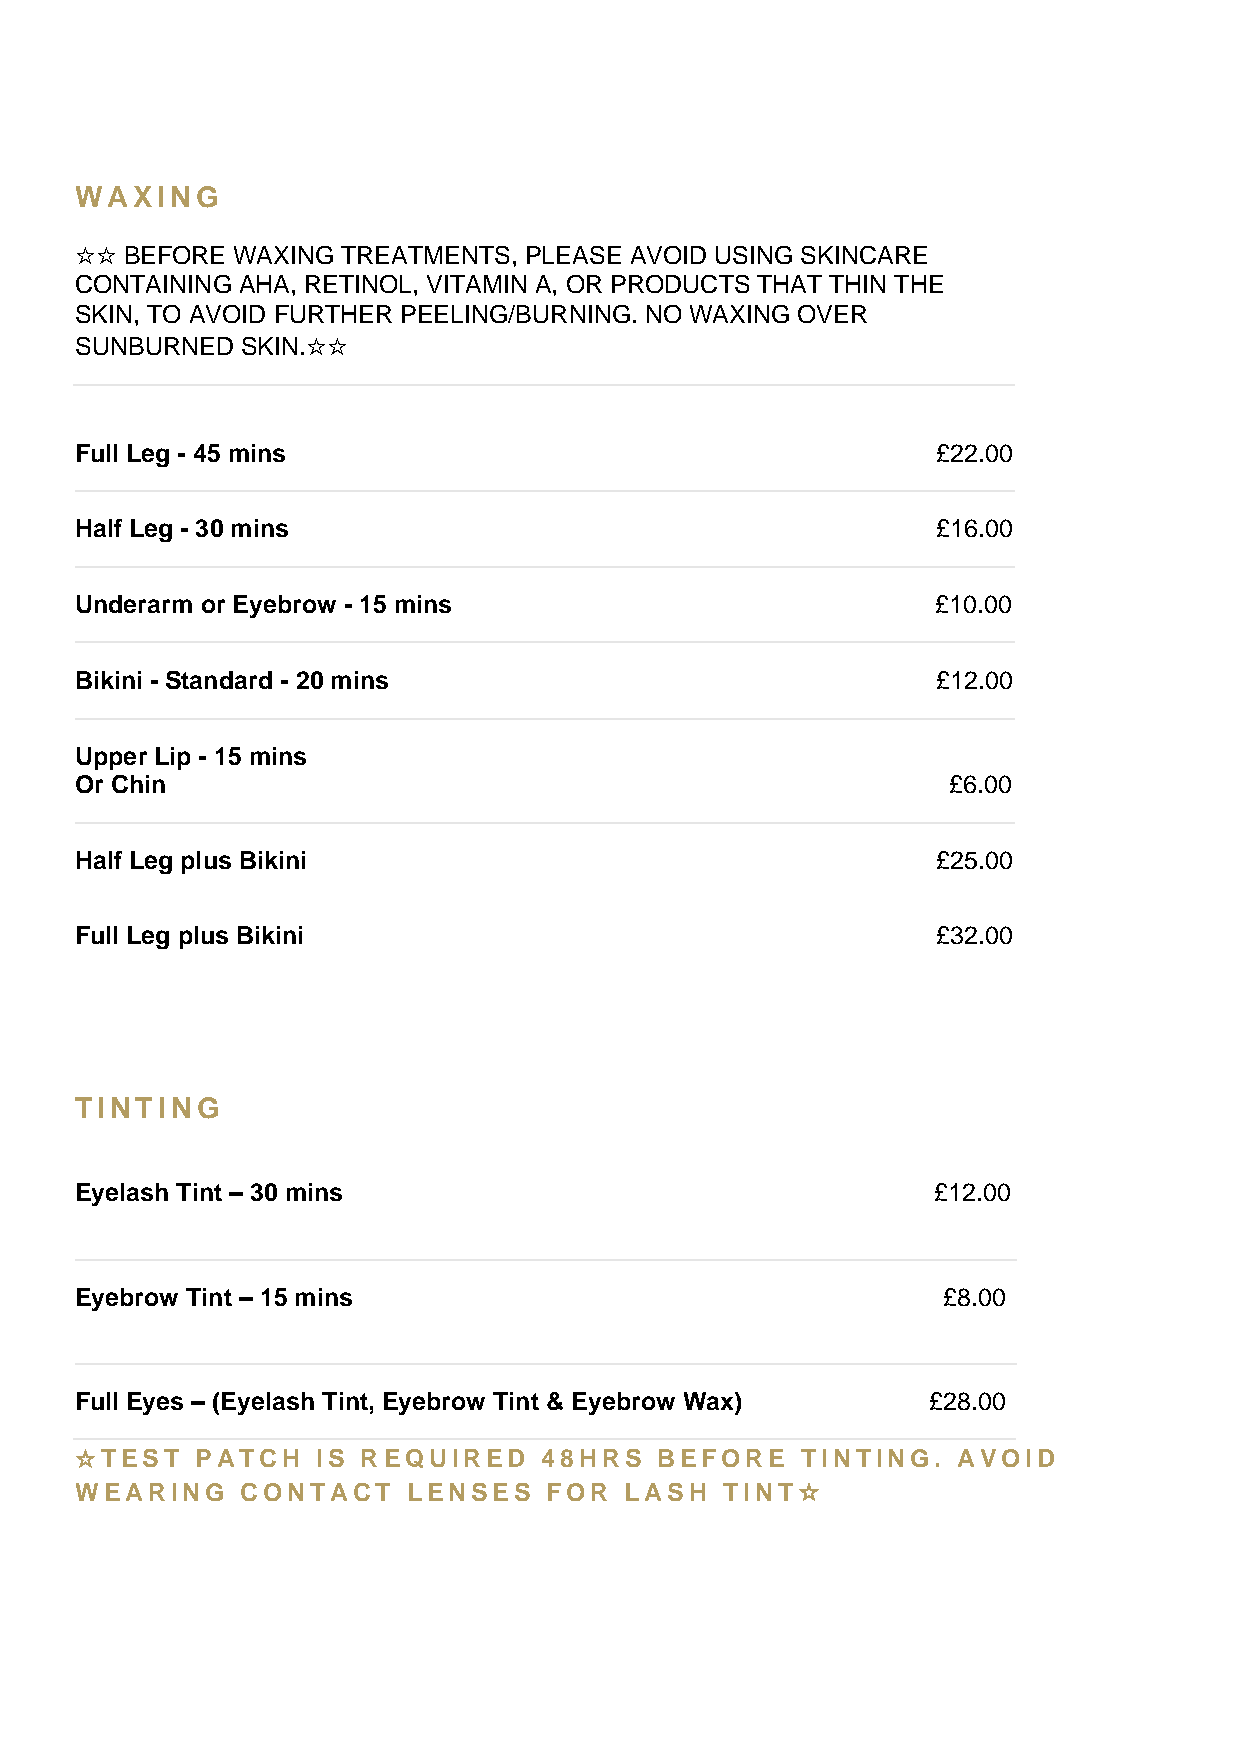
WAXING
 ☆☆ BEFORE WAXING  TREATMENTS, PLEASE AVOID USING SKINCARE
 CONTAINING AHA, RETINOL, VITAMIN A, OR PRODUCTS THAT THIN THE
 SKIN, TO AVOID FURTHER PEELING/BURNING. NO WAXING OVER
 SUNBURNED  SKIN.☆☆
 Full Leg - 45 mins                                       £22.00
 Half Leg - 30 mins                                       £16.00
 Underarm or Eyebrow - 15 mins                            £10.00
 Bikini - Standard - 20 mins                              £12.00
 Upper Lip - 15 mins
 Or Chin                                                   £6.00
 Half Leg plus Bikini                                     £25.00
 Full Leg plus Bikini                                     £32.00
 TINTING
 Eyelash Tint – 30 mins                                   £12.00
 Eyebrow Tint – 15 mins                                   £8.00
 F ull Eyes – (Eyelash Tint, Eyebrow Tint & Eyebrow Wax)  £28.00
 ☆TEST   PATCH   IS REQUIRED    48HRS   BEFORE   TINTING.  AVOID
 WEARING    CONTACT    LENSES   FOR  LASH   TINT☆
 you enhanced comfort, is a convenient and quick way to
 tension areas.
 • To Start: